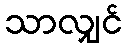
သာလျှင်